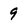
Character: 9